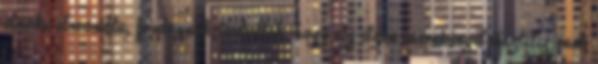
elnöke elmondta, fontosnak tartották, hogy egy ilyen eseménnyel tisztelegjenek